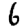
Digit: 6